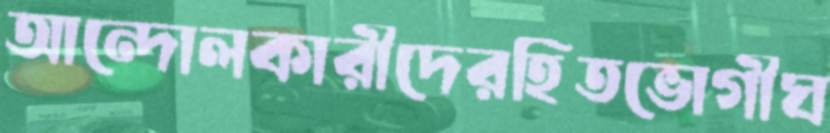
আন্দোলকারীদেরহিতভোগীঘ